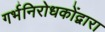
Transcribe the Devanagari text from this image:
गर्भनिरोधकोंद्वारा